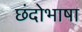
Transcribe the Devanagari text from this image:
छंदोभाषा